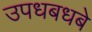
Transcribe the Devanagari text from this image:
उपधबधबे